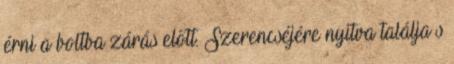
érni a boltba zárás előtt. Szerencséjére nyitva találja s